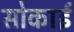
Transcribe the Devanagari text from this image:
सोकाई